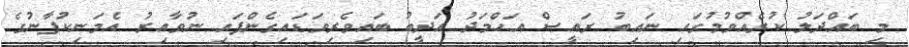
މި ބައްދަލު ކުރެއްވުމުގައި ނައިބު ރައީސް އަހްމަދު އަދީބު ބައިވެރިވަޑައިގެންފައި ނުވާއިރު އެމަނިކުފާނުގެ